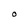
Character: O